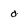
Character: 0